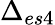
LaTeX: \Delta_{es4}